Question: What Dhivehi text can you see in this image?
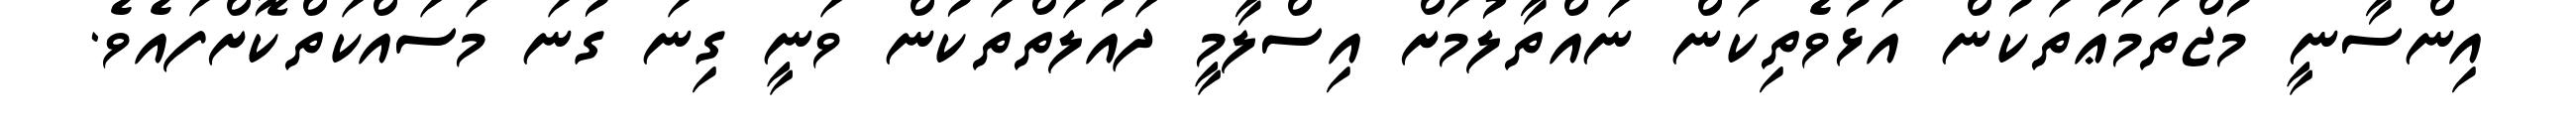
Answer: އިންސާނީ މުޖްތަމަޢުތަކުން އަޅުވެތިކަން ނައްތާލުމަށް އިސްލާމީ ދައުލަތްތަކުން ވަނީ ގިނަ ގުނަ މަސައްކަތްކޮށްފައެވެ.